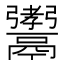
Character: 𩱞